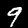
Digit: 9